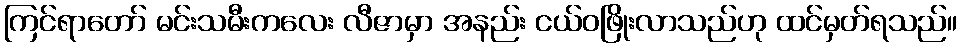
ကြင်ရာတော် မင်းသမီးကလေး လီဇာမှာ အနည်း ငယ်ဝဖြိုးလာသည်ဟု ထင်မှတ်ရသည်။